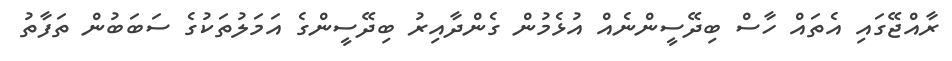
ރާއްޖޭގައި އެތައް ހާސް ބިދޭސީންނެއް އުޅެމުން ގެންދާއިރު ބިދޭސީންގެ އަމަލުތަކުގެ ސަބަބުން ތަފާތު